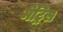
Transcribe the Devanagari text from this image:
मेट्रिस